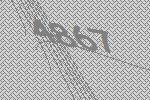
4867